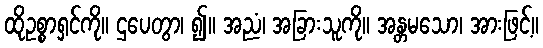
ထိုဥစ္စာရှင်ကို။ ဌပေတွာ၊ ၍။ အညံ၊ အခြားသူကို။ အန္တမသော၊ အားဖြင့်။